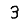
Digit: 3